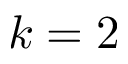
k = 2